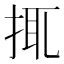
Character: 𢬴